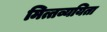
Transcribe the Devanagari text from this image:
मित्तव्ययिता